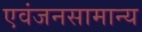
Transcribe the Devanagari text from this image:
एवंजनसामान्य